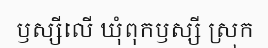
ឫស្សីលើ ឃុំពុកឫស្សី ស្រុក